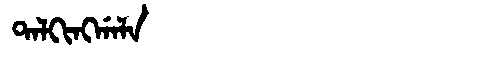
Manchu: ᡨᠠᠯᡴᡳᠩᡤᠠᠯᠠ
Romanization: TALKINGGALA